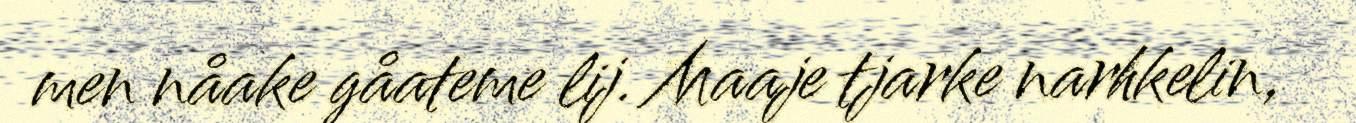
men nåake gåateme lij. Maaje tjarke narhkelin,